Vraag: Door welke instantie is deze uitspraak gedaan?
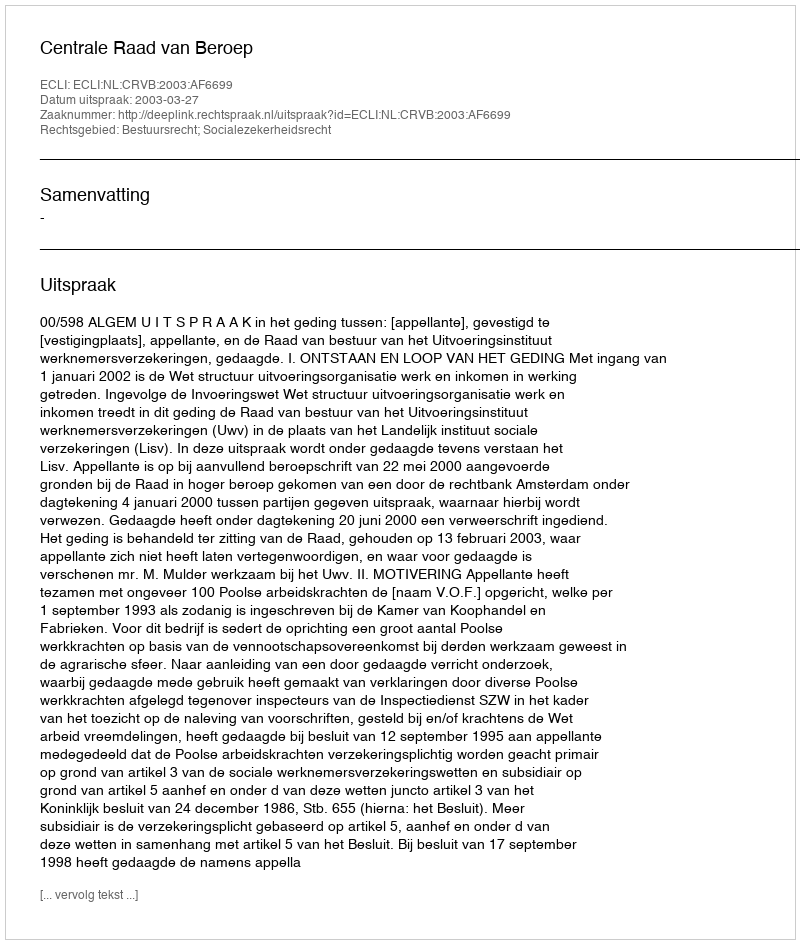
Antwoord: Centrale Raad van Beroep